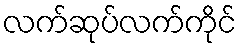
လက်ဆုပ်လက်ကိုင်